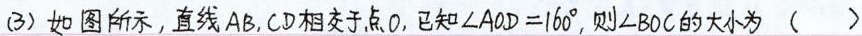
(3)如图所示，直线AB,CD相交于点O，已知∠AOD=160^{°},则∠BOC的大小为（ ）